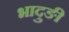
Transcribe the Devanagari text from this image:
भादुङी